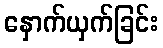
နှောက်ယှက်ခြင်း